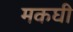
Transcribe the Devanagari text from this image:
मकघी